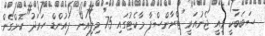
ސަބަބަކީ މިއީ ޖެނުއަރީ ޓްރާންސްފާ މާކެޓުގައި 75 މިލިއަން ޕައުންޑް ހަރަދު ކޮށްގެން